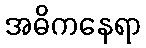
အဓိကနေရာ